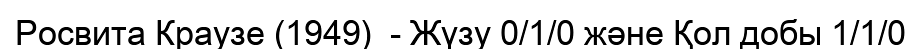
Росвита Краузе (1949)  - Жүзу 0/1/0 және Қол добы 1/1/0